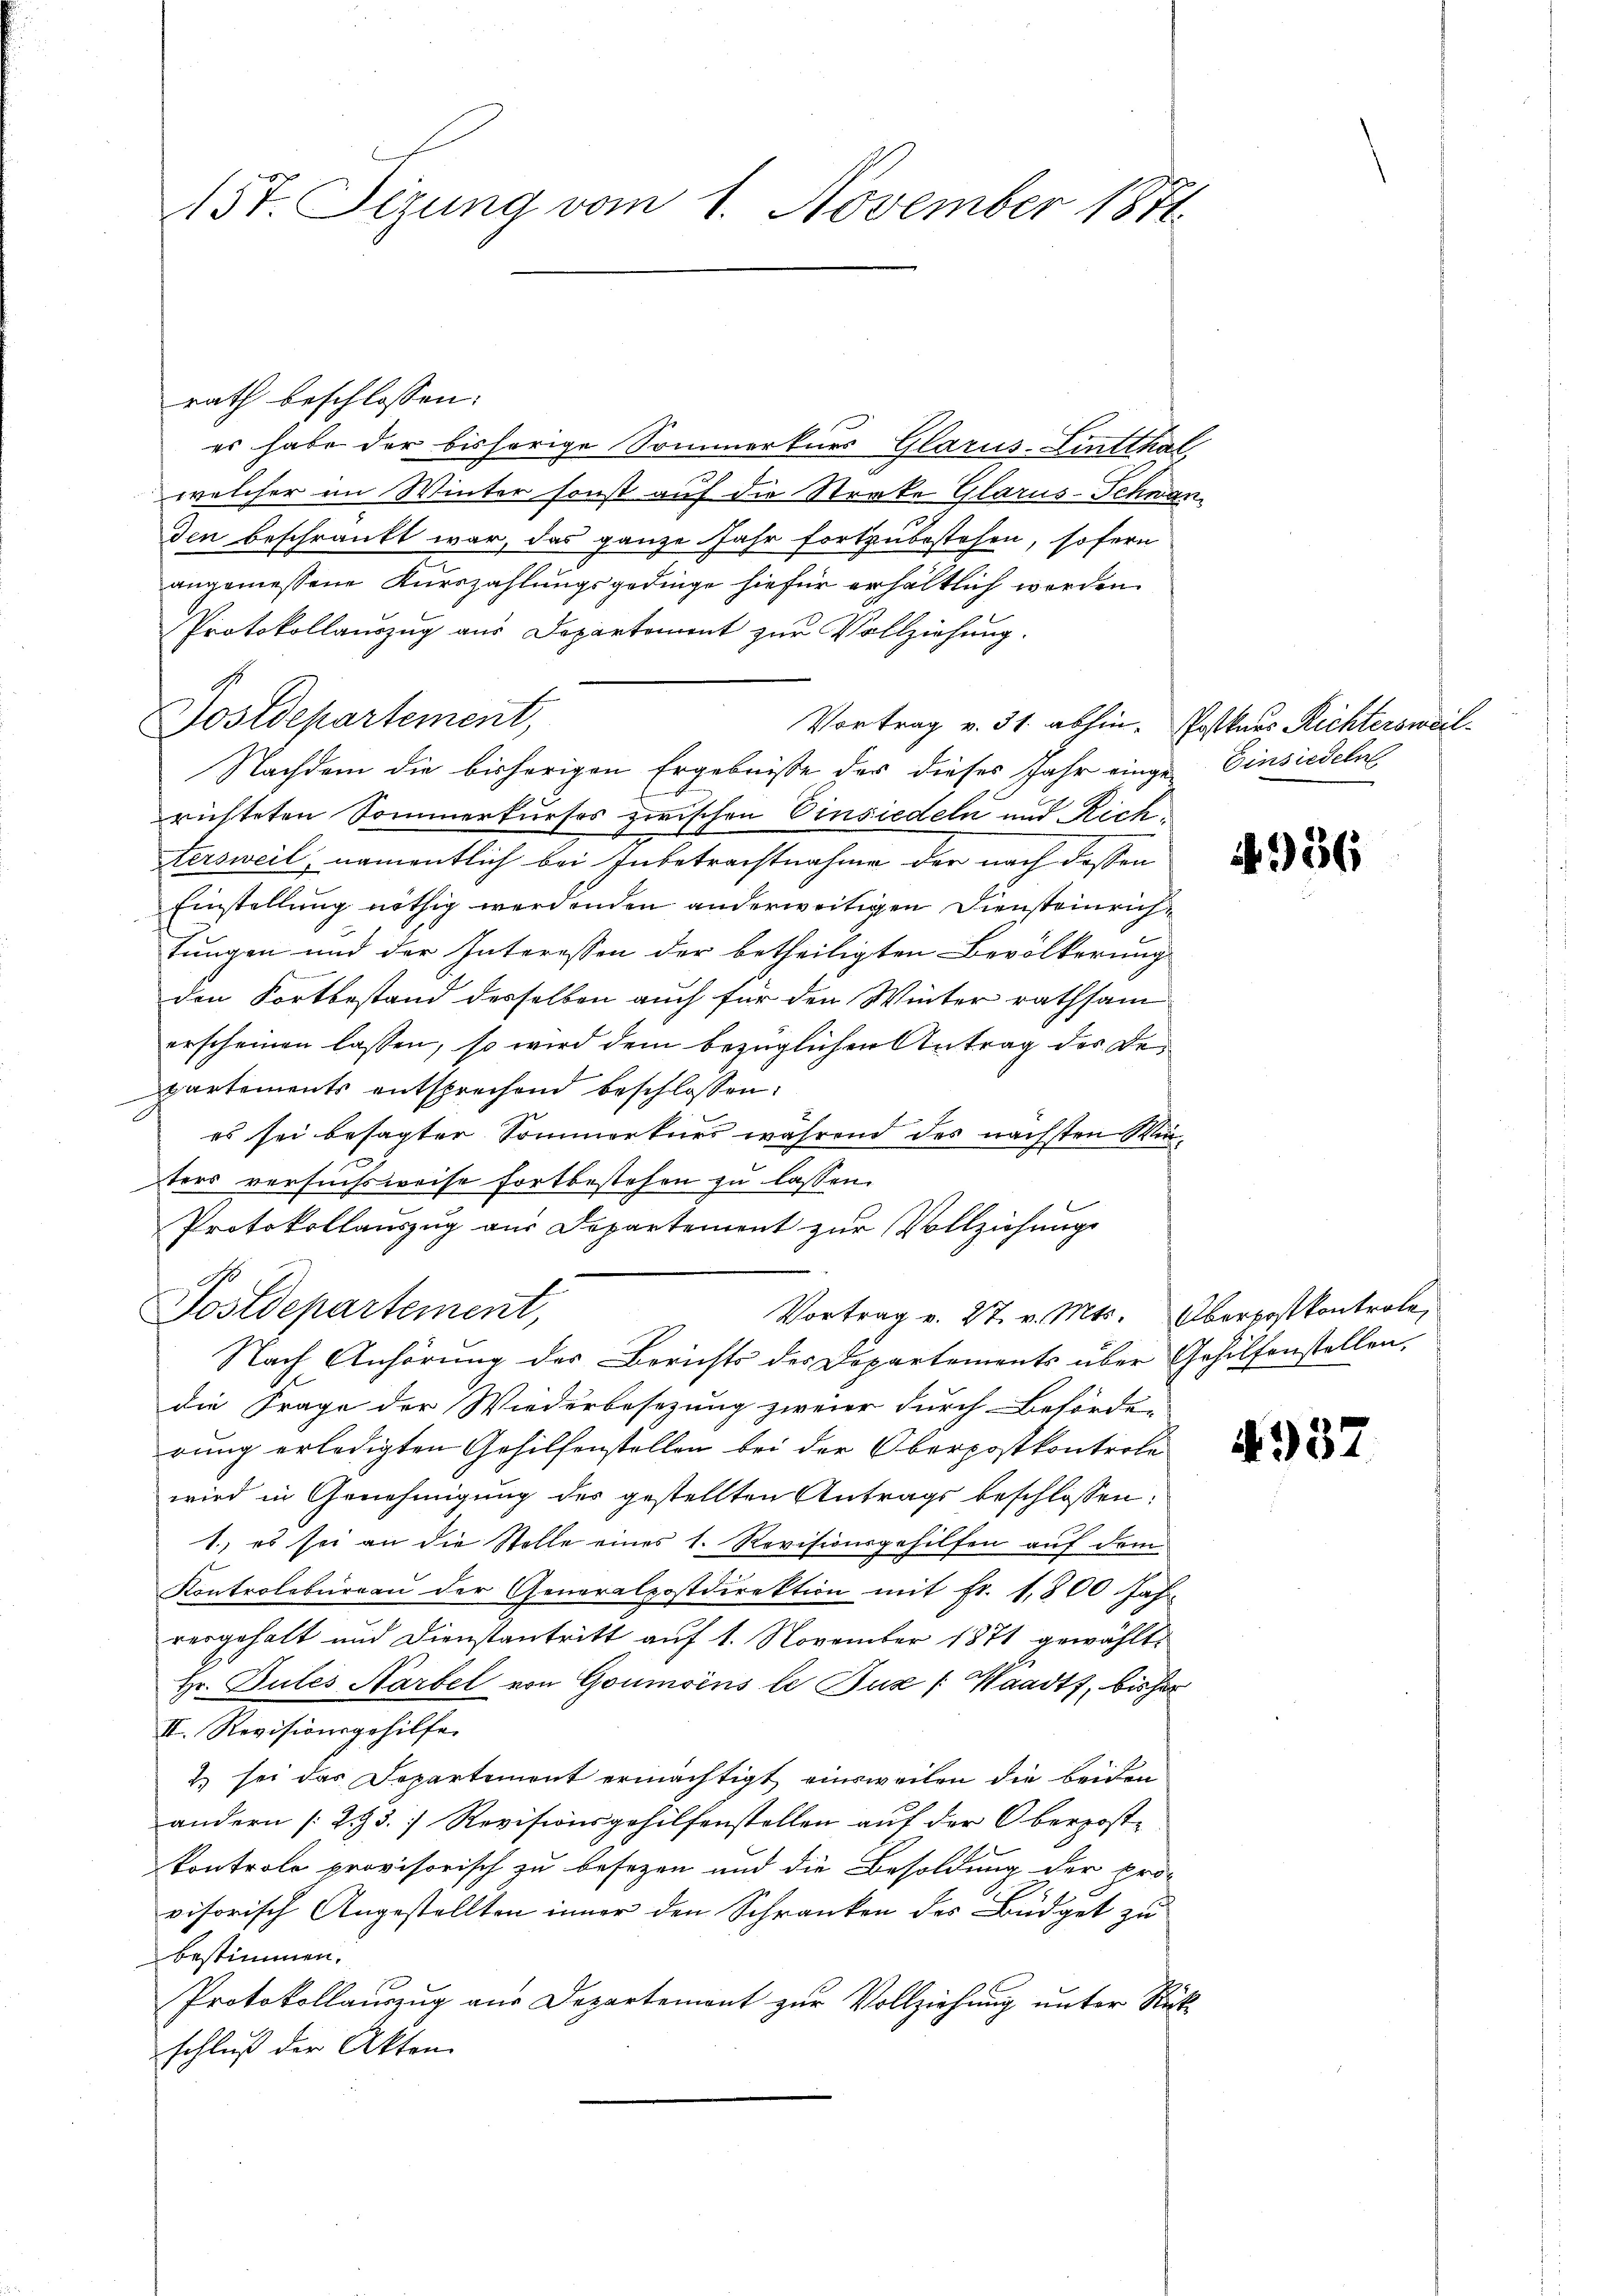
157. Sizung vom 1. November 1871

rath beschlossen:
es habe der bisherige Sommerkurs Glarus-Lintthal
welcher im Winter sonst auf die Streke Glarus-Schwanden beschränkt war, das ganze Jahr fortzubestehen, sofern
angemessene Kurszahlungsgedinge hiefür erhältlich werden.
Protokollauszug aus Departement zur Vollziehung.
Postdepartement,
Vortrag v. 31. abhin. Postkars Richtersweil
Nachdem die bisherigen Ergebniße der dieses Jahr einge Einsiedeln
richteten Sommerkurses zwischen Einsiedeln und Richtersweil, namentlich bei Inbetrachtnahme der nach dessen
Einstellung nöthig werdenden anderweitigen Diensteinrich¬
Jungen und der Interessen der betheiligten Bevölkerung
den Fortbestand desselben auch für den Winter rathsam
erscheinen lassen, so wird dem bezüglichen Antrag der Bepartements entsprechend beschlossen:
es sei besagter Sommerkurs während des nächsten Winters versuchsweise fortbestehen zu lassen.
Protokollauszug aus Departement zur Vollziehungs
Postdepartement,
Vortrag v. 27. v. Mts. Oberpostkontrole,
Nach Anhörung der Berichts der Departements über Gehilfenstellen
die Frage der Wiederbesezung zweier durch Behörder
rung erledigten Gehilfenställen bei der Oberpostkontrole
wird in Genehmigung des gestellten Antrags beschlossen:
1., es sei an die Stolle eines 1. Revisionsgehilfen auf dem
Kontrolbureau der Generalpostdirektion mit fr. 1,800 Jahr
vergehalt und Dienstantritt auf 1. November 1871 gewählt,
Hr. Pules Narbel von Goumoins le Buz (Waadt, bisher
II. Revisionsgehilfe
2) sei das Departement ermächtigt einsweilen die beiden
andern (2. 3. Revisionsgehilfenstellen auf der Oberposte
kontrole provisorisch zu besezen und die Besoldung der pro-
visorisch Angestellten inner den Schranken des Büdget zu
bestimmen.
Protokollaŭszŭg aŭs Departement zŭr Vollziehŭng ŭnter Rück
schluß der Akten.

4936

4937